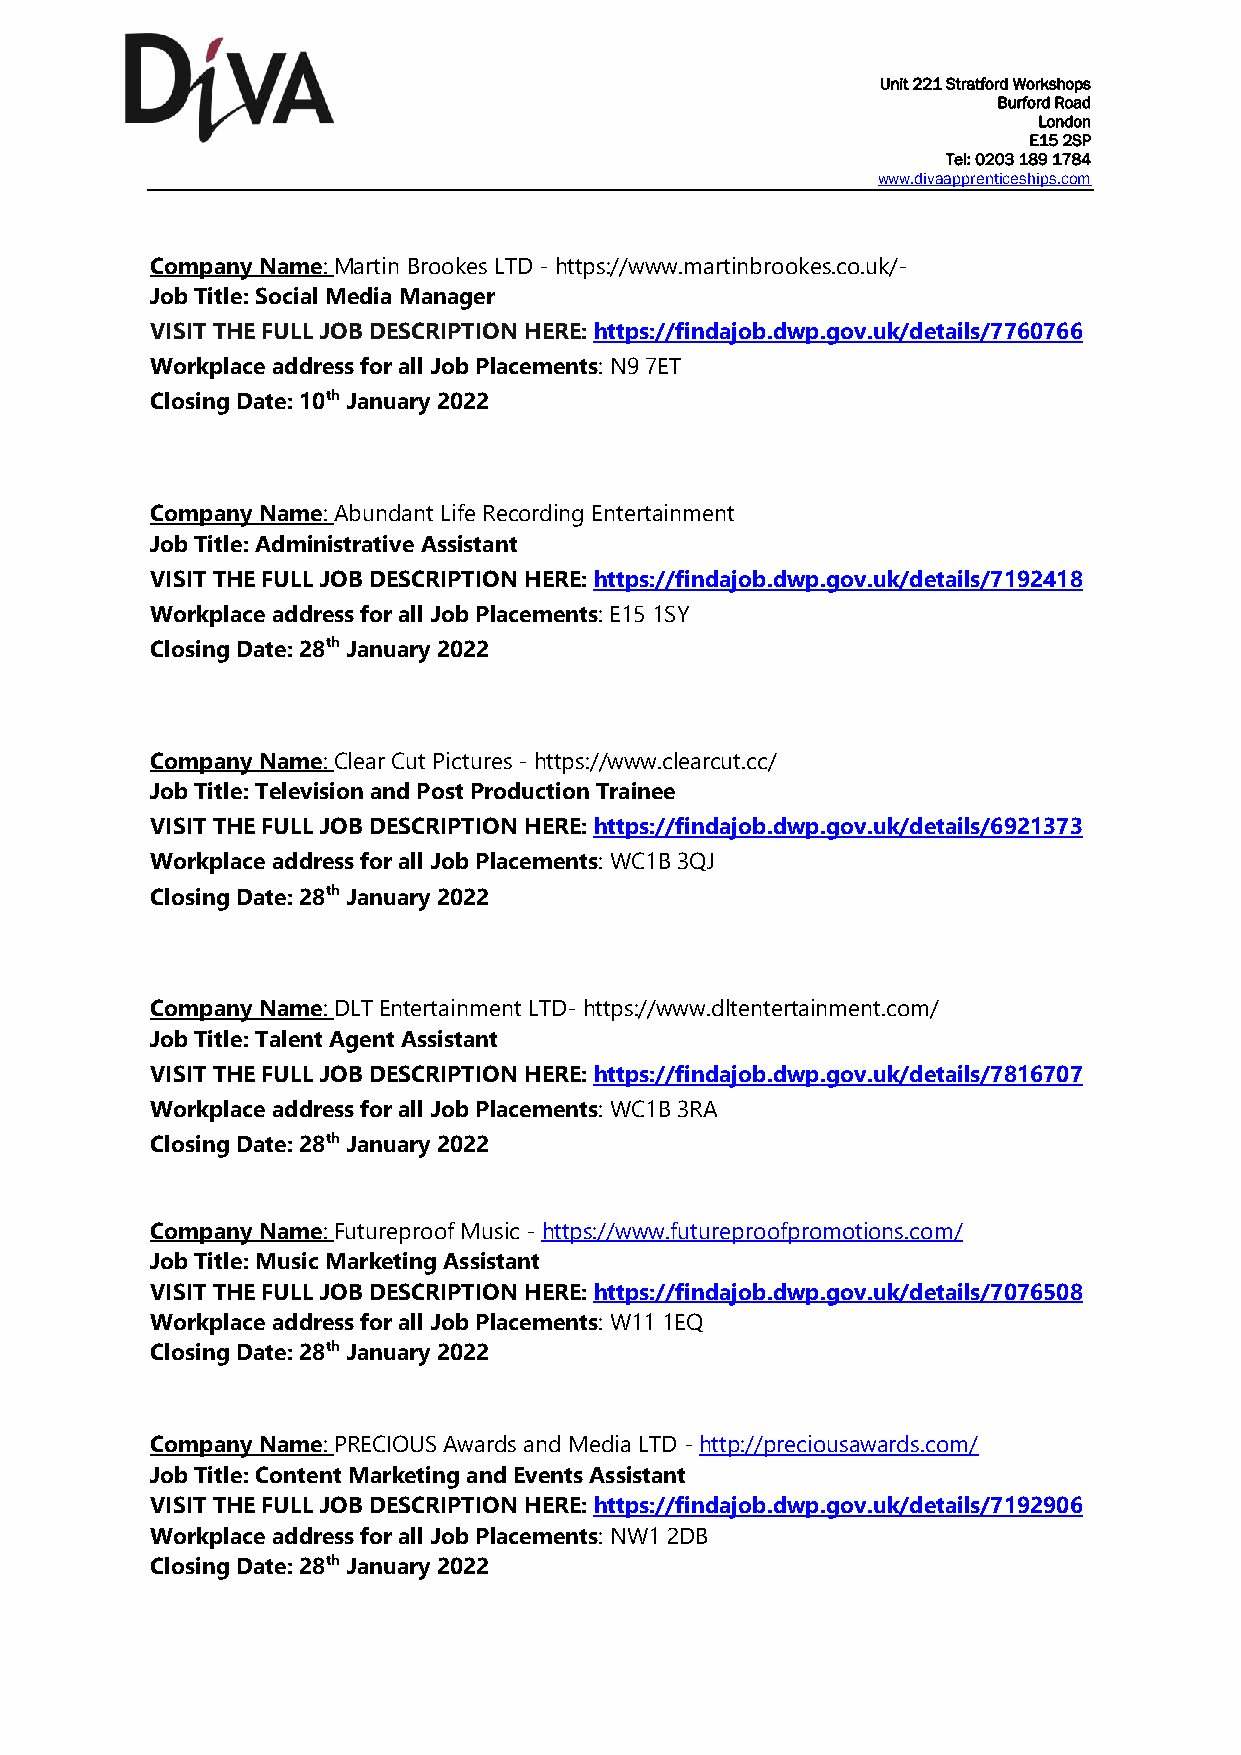
Unit 221 Stratford Workshops
 Burford Road
 London
 E15 2SP
 Tel: 0203 189 1784
 www.divaapprenticeships.com
 Company Name: Martin Brookes LTD - https://www.martinbrookes.co.uk/-
 Job Title: Social Media Manager
 VISIT THE FULL JOB DESCRIPTION HERE: https://findajob.dwp.gov.uk/details/7760766
 Workplace address for all Job Placements: N9 7ET
 Closing Date: 10th January 2022
 Company Name: Abundant Life Recording Entertainment
 Job Title: Administrative Assistant
 VISIT THE FULL JOB DESCRIPTION HERE: https://findajob.dwp.gov.uk/details/7192418
 Workplace address for all Job Placements: E15 1SY
 Closing Date: 28th January 2022
 Company Name: Clear Cut Pictures - https://www.clearcut.cc/
 Job Title: Television and Post Production Trainee
 VISIT THE FULL JOB DESCRIPTION HERE: https://findajob.dwp.gov.uk/details/6921373
 Workplace address for all Job Placements: WC1B 3QJ
 Closing Date: 28th January 2022
 Company Name: DLT Entertainment LTD- https://www.dltentertainment.com/
 Job Title: Talent Agent Assistant
 VISIT THE FULL JOB DESCRIPTION HERE: https://findajob.dwp.gov.uk/details/7816707
 Workplace address for all Job Placements: WC1B 3RA
 Closing Date: 28th January 2022
 Company Name: Futureproof Music - https://www.futureproofpromotions.com/
 Job Title: Music Marketing Assistant
 VISIT THE FULL JOB DESCRIPTION HERE: https://findajob.dwp.gov.uk/details/7076508
 Workplace address for all Job Placements: W11 1EQ
 Closing Date: 28th January 2022
 Company Name: PRECIOUS Awards and Media LTD - http://preciousawards.com/
 Job Title: Content Marketing and Events Assistant
 VISIT THE FULL JOB DESCRIPTION HERE: https://findajob.dwp.gov.uk/details/7192906
 Workplace address for all Job Placements: NW1 2DB
 Closing Date: 28th January 2022